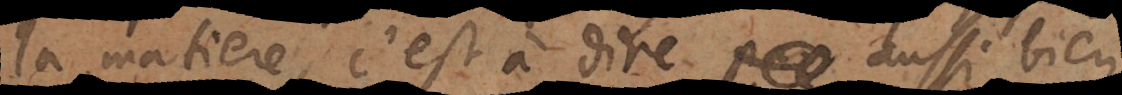
a matière, c’est à dire aussi bien